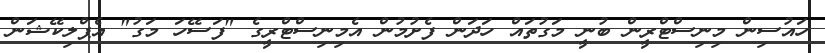
ހައުސިން މިނިސްޓްރީން ބުނީ މަގުތައް ހަދަން ފެށުމުން އެމިނިސްޓްރީގެ "ފަސޭހަ މަގު" އެޕްލިކޭޝަން